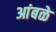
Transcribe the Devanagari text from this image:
आंबळे